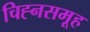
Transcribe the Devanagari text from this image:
चिह्नसमूह